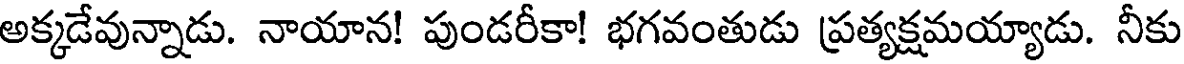
అక్కడేవున్నాడు. నాయాన! పుండరీకా! భగవంతుడు ప్రత్యక్షమయ్యాడు. నీకు